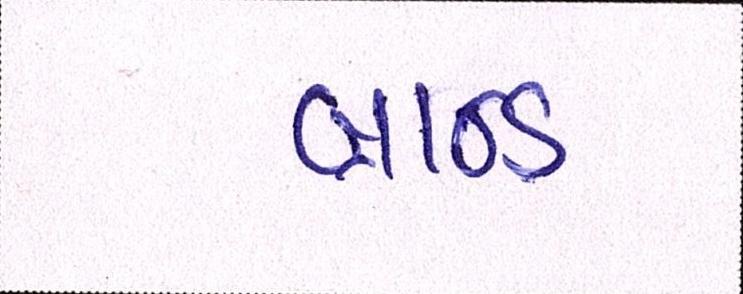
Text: બ્રાન્ડ